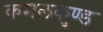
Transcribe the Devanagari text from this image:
कमलकुण्ड